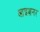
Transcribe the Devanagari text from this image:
आइज़नर